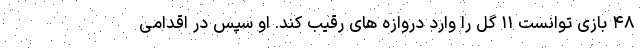
۴۸ بازی توانست ۱۱ گل را وارد دروازه های رقیب کند. او سپس در اقدامی